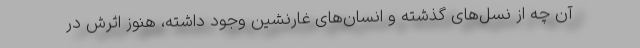
آن چه از نسل‌های گذشته و انسان‌های غارنشین وجود داشته، هنوز اثرش در